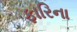
ફારિના